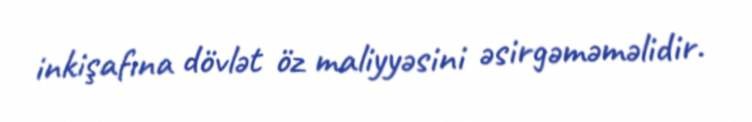
inkişafına dövlət öz maliyyəsini əsirgəməməlidir.